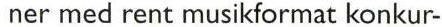
 ner med rent musikformat konkur-